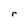
Character: r